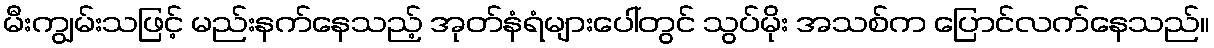
မီးကျွမ်းသဖြင့် မည်းနက်နေသည့် အုတ်နံရံများပေါ်တွင် သွပ်မိုး အသစ်က ပြောင်လက်နေသည်။